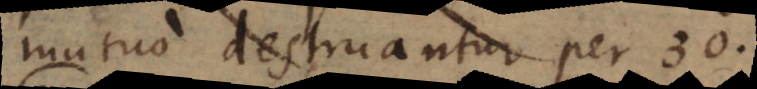
mutuo destruantur per 30